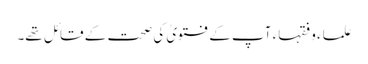
علماء و فقہاء آپ کے فتویٰ کی صحت کے قائل تھے۔